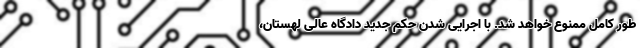
طور کامل ممنوع خواهد شد. با اجرایی شدن حکم جدید دادگاه عالی لهستان،